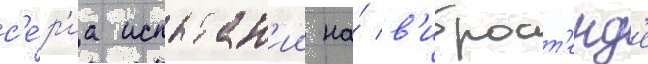
с'е́р'иа испытан'ии на́ в'иброст'енд'е